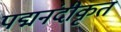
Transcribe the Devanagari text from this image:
पद्मनंदीकृत